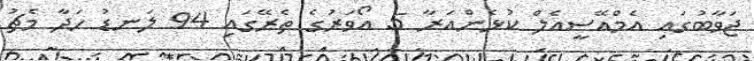
ޖަވާބުގައި އެމްއޭސީއެލް ކުޅެންއަރާ 5 އޯވަރުގެ ތެރޭގައި 94 ލަނޑު ހަދާ މެޗު